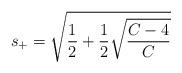
LaTeX: \begin{align*}s_+=\sqrt{\frac{1}{2}+\frac{1}{2}\sqrt{\frac{C-4}{C}}}\end{align*}